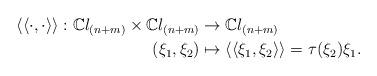
LaTeX: \begin{align*}\left\langle \left\langle \cdot ,\cdot \right\rangle \right\rangle:\mathbb{C}l_{(n+m)}\times \mathbb{C}l_{(n+m)} &\rightarrow \mathbb{C}l_{(n+m)} \\(\xi _{1},\xi _{2}) &\mapsto \left\langle \left\langle \xi _{1}, \xi_{2}\right\rangle \right\rangle =\tau (\xi _{2})\xi _{1}. \end{align*}